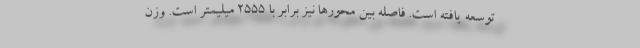
توسعه یافته است. فاصله بین محورها نیز برابر با 2555 میلیمتر است. وزن